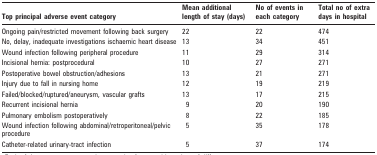
| Top principal adverse event category | Mean additional length of stay (days) | No of events in each category | Total no of extra days in hospital |
 | --- | --- | --- | --- |
 | Ongoing pain/restricted movement following back surgery | 22 | 22 | 474 |
 | No, delay, inadequate investigations ischaemic heart disease | 13 | 34 | 451 |
 | Wound infection following peripheral procedure | 11 | 29 | 314 |
 | Incisional hernia: postprocedural | 10 | 27 | 271 |
 | Postoperative bowel obstruction/adhesions | 13 | 21 | 271 |
 | Injury due to fall in nursing home | 12 | 19 | 219 |
 | Failed/blocked/ruptured/aneurysm, vascular grafts | 13 | 17 | 215 |
 | Recurrent incisional hernia | 9 | 20 | 190 |
 | Pulmonary embolism postoperatively | 8 | 22 | 185 |
 | Wound infection following abdominal/retroperitoneal/pelvic procedure | 5 | 35 | 178 |
 | Catheter-related urinary-tract infection | 5 | 37 | 174 |